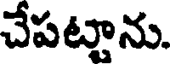
చేపట్టాను.